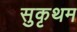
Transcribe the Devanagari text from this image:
सुकृथम